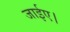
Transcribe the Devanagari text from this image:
जाईए।